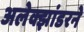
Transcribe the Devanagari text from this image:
अलेक्झांडरने